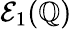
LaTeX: \mathcal{E}_{1}(\mathbb{{Q}})